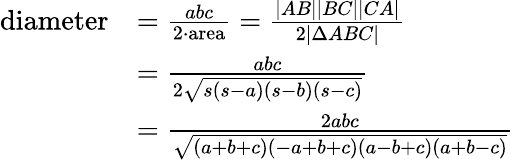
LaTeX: {\begin{array}{rl}{{\mathrm{diameter}}}&{={\frac{abc}{2\cdot{\mathrm{area}}}}={\frac{|AB||BC||CA|}{2|\Delta ABC|}}}\\ &{={\frac{abc}{2{\sqrt{s(s-a)(s-b)(s-c)}}}}}\\ &{={\frac{2abc}{\sqrt{(a+b+c)(-a+b+c)(a-b+c)(a+b-c)}}}}\end{array}}